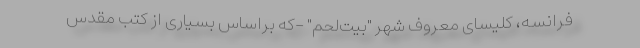
فرانسه، کلیسای معروف شهر "بیت‌لحم" -که براساس بسیاری از کتب مقدس